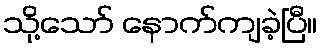
သို့သော် နောက်ကျခဲ့ပြီ။